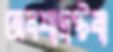
অবশ্যদ্রষ্টব্য